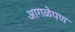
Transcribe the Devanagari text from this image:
आगळेपण